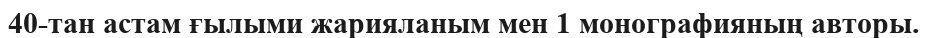
40-тан астам ғылыми жарияланым мен 1 монографияның авторы.